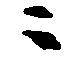
ニ